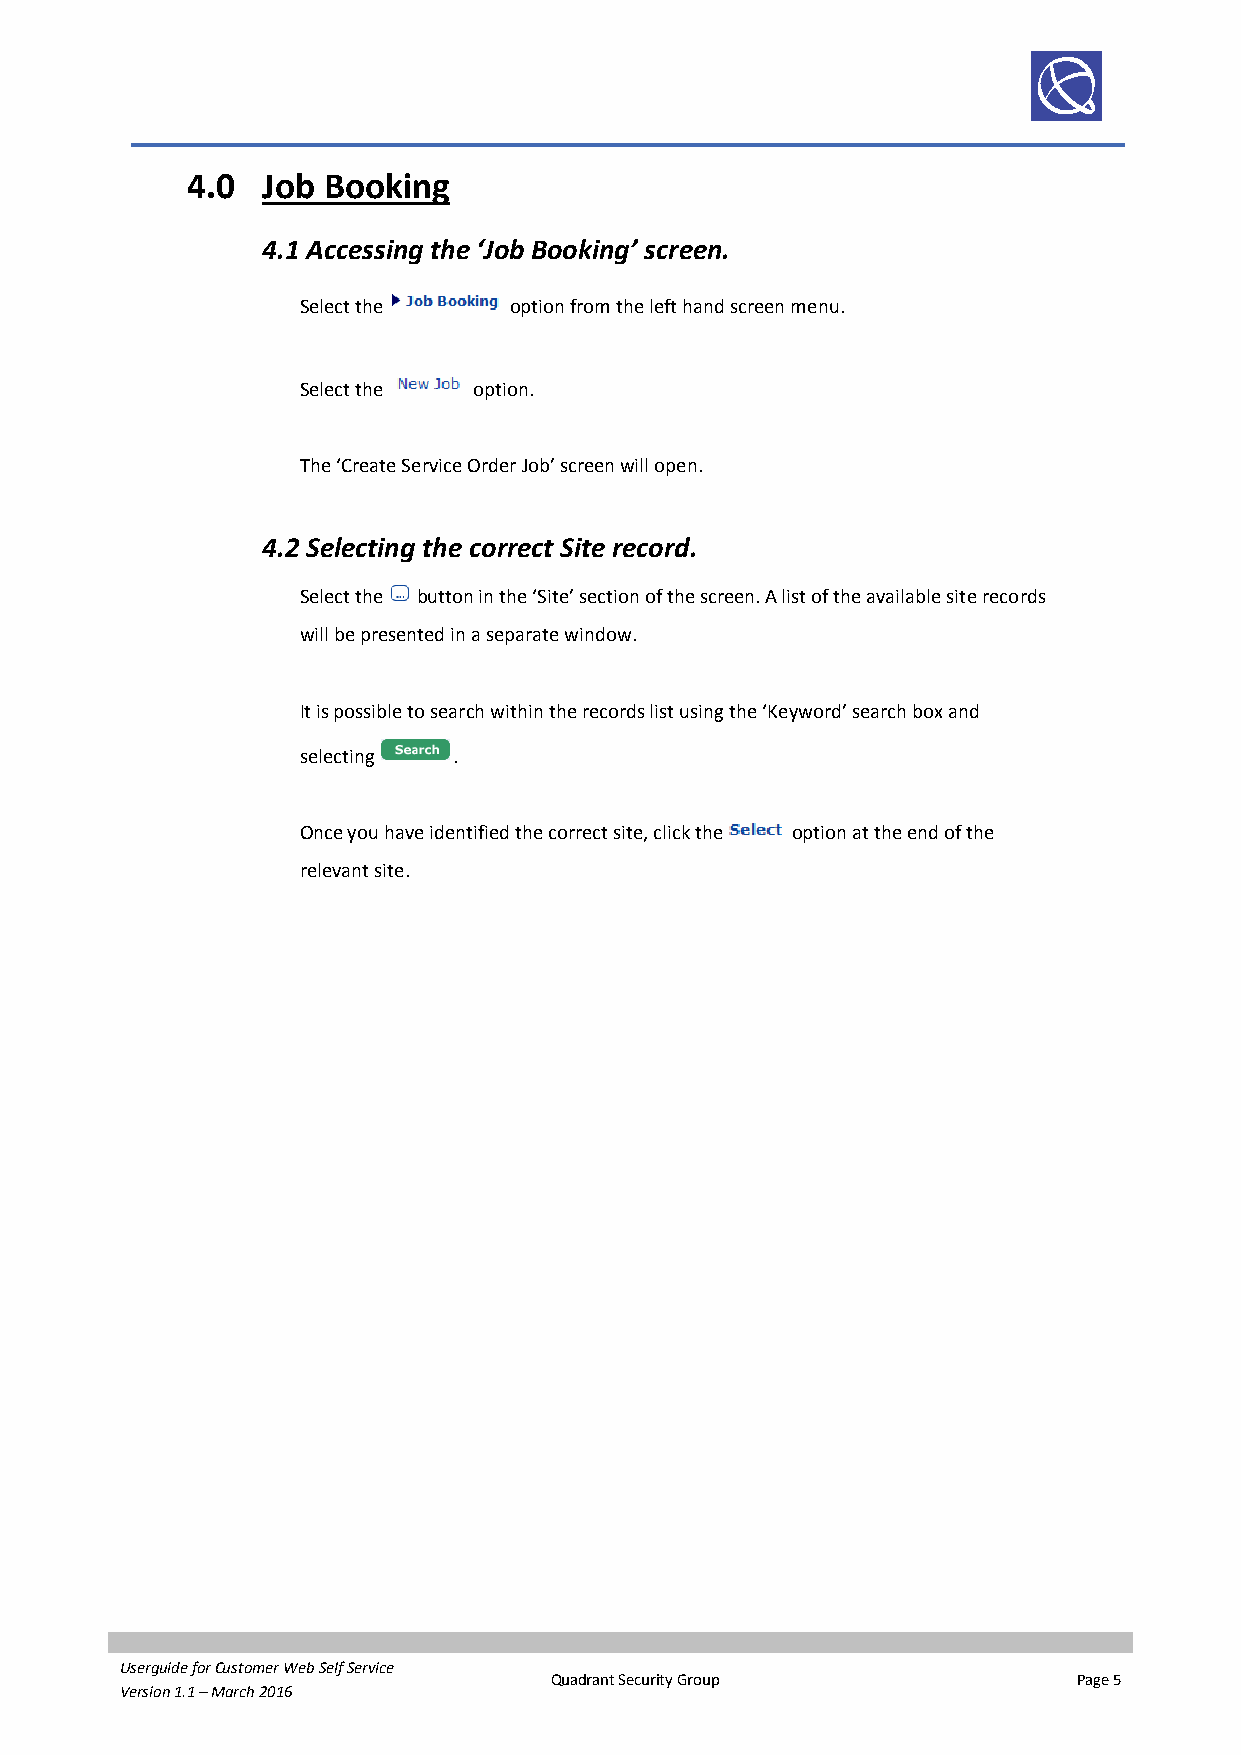
4.0  Job Booking
 4.1 Accessing the ‘Job Booking’ screen.
 Select the    option from the left hand screen menu.
 Select the option.
 The ‘Create Service Order Job’ screen will open.
 4.2 Selecting the correct Site record.
 Select the button in the ‘Site’ section of the screen. A list of the available site records
 will be presented in a separate window.
 It is possible to search within the records list using the ‘Keyword’ search box and
 selecting .
 Once you have identified the correct site, click the option at the end of the
 relevant site.
 Userguide for Customer Web Self Service
 Quadrant Security Group            Page 5
 Version 1.1 – March 2016